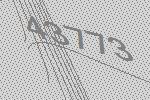
43773